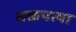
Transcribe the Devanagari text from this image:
तळपत्या